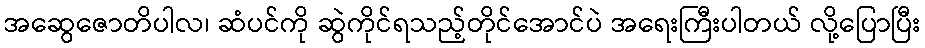
အဆွေဇောတိပါလ၊ ဆံပင်ကို ဆွဲကိုင်ရသည့်တိုင်အောင်ပဲ အရေးကြီးပါတယ် လို့ပြောပြီး